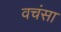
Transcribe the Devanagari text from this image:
वचंसा